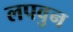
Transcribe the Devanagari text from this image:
लपवुन